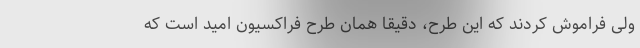
ولی فراموش کردند که این طرح، دقیقا همان طرح فراکسیون امید است که